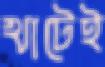
খাটেই